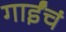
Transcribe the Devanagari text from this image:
गाईंचं